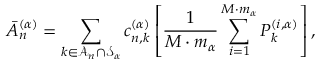
\bar { A } _ { n } ^ { ( \alpha ) } = \sum _ { k \in \mathcal { A } _ { n } \cap \mathcal { S } _ { \alpha } } c _ { n , k } ^ { ( \alpha ) } \left[ \frac { 1 } { M \cdot m _ { \alpha } } \sum _ { i = 1 } ^ { M \cdot m _ { \alpha } } P _ { k } ^ { ( i , \alpha ) } \right] ,